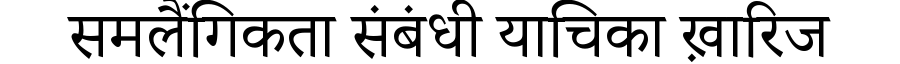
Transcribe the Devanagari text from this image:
समलैंगिकता संबंधी याचिका ख़ारिज